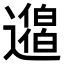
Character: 𨘐